Insane asylums in Bengal annual reports 1867-1875 - 1867-1875
Year: 1867
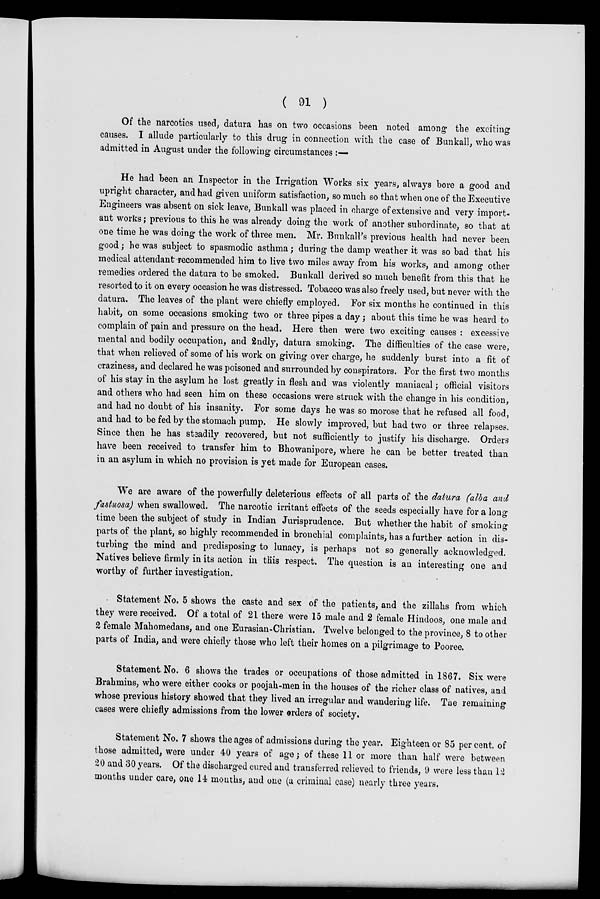
( 91 )
Of the narcotics used, datura has on two occasions been noted among the exciting
causes. I allude particularly to this drug in connection with the case of Bunkall, who was
admitted in August under the following circumstances :—
He had been an Inspector in the Irrigation Works six years, always bore a good and
upright character, and had given uniform satisfaction, so much so that when one of the Executive
Engineers was absent on sick leave, Bunkall was placed in charge of extensive and very import-
ant works ,. previous to this he was already doing the work of another subordinate, so that at
one time he was doing the work of three men. Mr. Bunkall's previous health had never been
good; he was subject to spasmodic asthma; during the damp weather it was so bad that his
medical attendant recommended him to live two miles away from his works, and among other
remedies ordered the datura to be smoked. Bunkall derived so much benefit from this that he
resorted to it on every occasion he was distressed. Tobacco was also freely used, but never with the
datura. The leaves of the plant were chiefly employed. For six months he continued in this
habit, on some occasions smoking two or three pipes a day; about this time he was heard to
complain of pain and pressure on the head. Here then were two exciting causes : excessive
mental and bodily occupation, and 2ndly, datura smoking. The difficulties of the case were,
that when relieved of some of his work on giving over charge, he suddenly burst into a fit of
craziness, and declared he was poisoned and surrounded by conspirators. For the first two months
of his stay in the asylum he lost greatly in flesh and was violently maniacal; official visitors
and others who had seen him on these occasions were struck with the change in his condition,
and had no doubt of his insanity. For some days he was so morose that he refused all food,
and had to be fed by the stomach pump. He slowly improved, but had two or three relapses.
Since then he has steadily recovered, but not sufficiently to justify his discharge. Orders
have been received to transfer him to Bhowanipore, where he can be better treated than
in an asylum in which no provision is yet made for European cases.
We are aware of the powerfully deleterious effects of all parts of the datura (alba and
fastuosa) when swallowed. The narcotic irritant effects of the seeds especially have for a long
time been the subject of study in Indian Jurisprudence. But whether the habit of smoking
parts of the plant, so highly recommended in bronchial complaints, has a further action in dis-
turbing the mind and predisposing to lunacy, is perhaps not so generally acknowledged.
Natives believe firmly in its action in this respect. The question is an interesting one and
worthy of further investigation.
Statement. No. 5 shows the caste and sex of the patients, and the zillahs from which
they were received. Of a total of 21 there were 15 male and 2 female Hindoos, one male and
2 female Mahomedans, and one Eurasian-Christian. Twelve belonged to the province, 8 to other
parts of India, and were chiefly those who left their homes on a pilgrimage to Pooree.
Statement No. 6 shows the trades or occupations of those admitted in 1867. Six were
Brahmins, who were either cooks or poojah-men in the houses of the richer class of natives, and
whose previous history showed that they lived an irregular and wandering life. The remaining
cases were chiefly admissions from the lower orders of society.
Statement No. 7 shows the ages of admissions during the year. Eighteen or 85 per cent. of
those admitted, were under 40 years of age; of these 11 or more than half were between
20 and 30 years. Of the discharged cured and transferred relieved to friends, 9 were less than 12
months under care, one 14 months, and one (a criminal case) nearly three years.